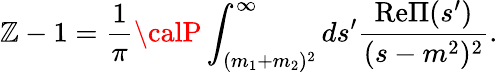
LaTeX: \mathbb{Z}-1=\frac{{1}}{{\pi}}{\calP}\int_{(m_{1}+m_{2})^{2}}^{\infty}ds^{\prime}\frac{{\mathrm{{Re}}\Pi(s^{\prime})}}{{(s-m^{2})^{2}}}.